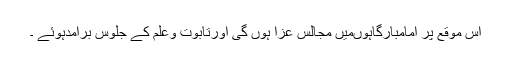
اس موقع پر امامبارگاہوںمیں مجالس عزا ہوں گی اورتابوت وعلم کے جلوس برآمدہوئے ۔